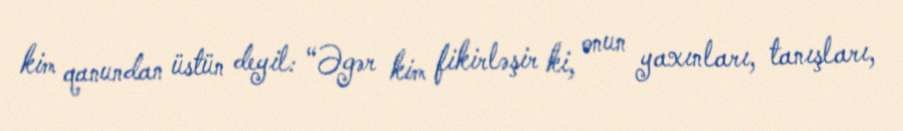
kim qanundan üstün deyil: “Əgər kim fikirləşir ki, onun yaxınları, tanışları,